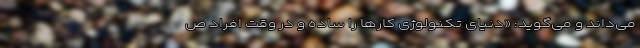
می‌داند و می‌گوید: «دنیای تکنولوژی کارها را ساده و در وقت افراد ص